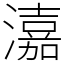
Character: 𤀺